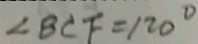
\angle B C F = 1 2 0 ^ { \circ }